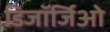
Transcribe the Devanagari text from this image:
डिजॉर्जिओ